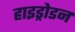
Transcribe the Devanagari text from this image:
हाइड्रोडन